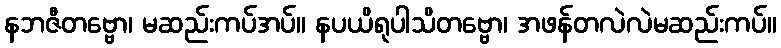
နဘဇီတဗ္ဗော၊ မဆည်းကပ်အပ်။ နပယိရုပါသိတဗ္ဗော၊ အဖန်တလဲလဲမဆည်းကပ်။